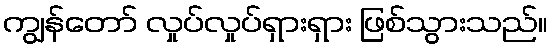
ကျွန်တော် လှုပ်လှုပ်ရှားရှား ဖြစ်သွားသည်။